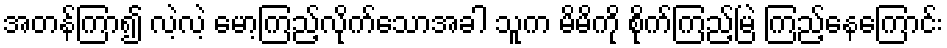
အတန်ကြာ၍ လဲ့လဲ့ မော့ကြည့်လိုက်သောအခါ သူက မိမိကို စိုက်ကြည့်မြဲ ကြည့်နေကြောင်း